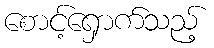
စောင့်ရှောက်သည့်